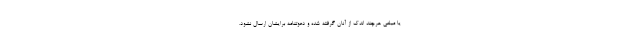
یا مبلغی هرچند اندک از آنان گرفته شده و دعوتنامه برایشان ارسال نشود.